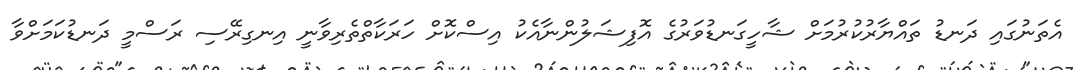
އެތަނުގައި ދަނޑު ތައްޔާރުކުރުމަށް ޝާހީގަނޑުވަރުގެ އޮފިޝަލުންނާއެކު އިސްކޮށް ހަރަކާތްތެރިވާނީ އިނގިރޭސި ރަސްމީ ދަނޑުކަމަށްވާ